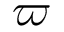
\varpi